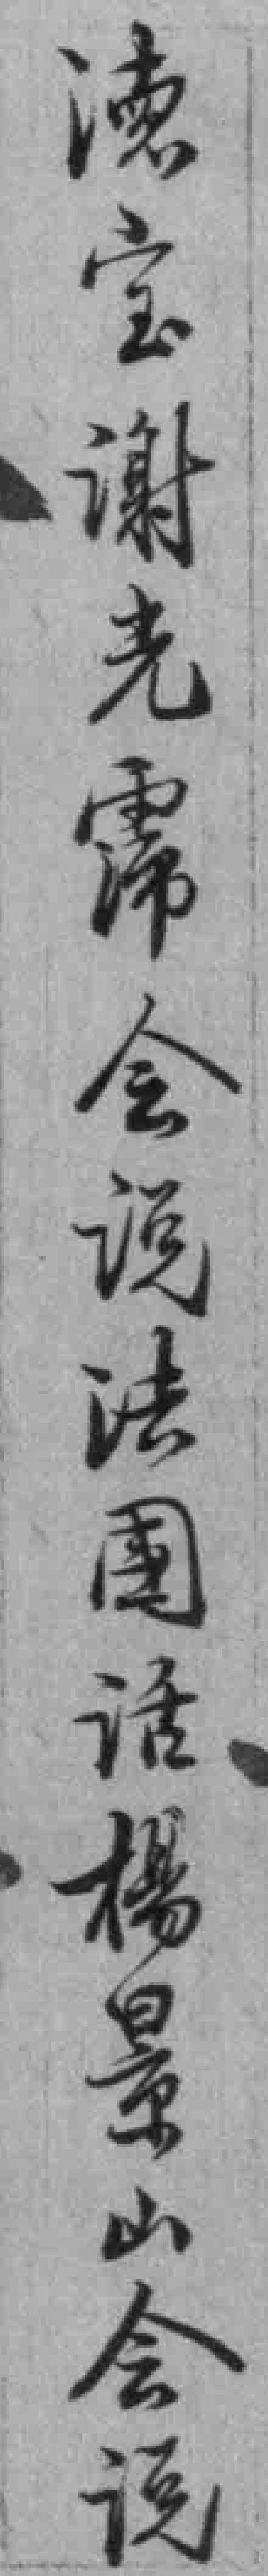
德宝谢光霈会说法國话楊景山会说